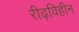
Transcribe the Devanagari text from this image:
रीढ़विहीन